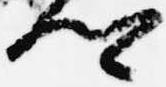
卿